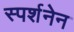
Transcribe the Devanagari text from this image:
स्पर्शनेन